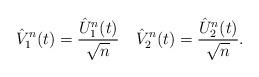
LaTeX: \begin{align*}\hat{V}_1^n(t) = \frac{\hat{U}_1^n(t)}{\sqrt{n}} \quad\hat{V}_2^n(t) = \frac{\hat{U}_2^n(t)}{\sqrt{n}}.\end{align*}